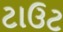
ટાઉટ